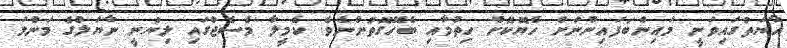
އާޔަތުގައިވަނީ މައިންބަފައިންނަށް ހެޔޮކޮށް ހިތުމާއި ބެހޭގޮތުންނެވެ. ކެމީލާ މެސެޖްގައި ލިޔުނީ ނާޔަލްގެ މަންމަ